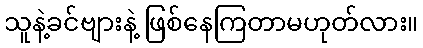
သူနဲ့ခင်ဗျားနဲ့ ဖြစ်နေကြတာမဟုတ်လား။